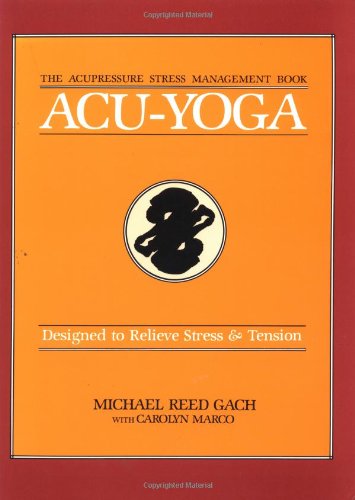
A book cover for Acu-Yoga: Designed to Relieve Stress & Tension; Michael Reed Gach; Health, Fitness & Dieting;